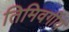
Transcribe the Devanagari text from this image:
तिमिवर्गीय